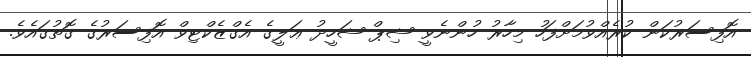
އޮފިސަރުކަން ކުރެއްވުމަށްފަހު މިހާރު ހުންނެވީ ޝިޕް ޝަހީދު ޢަލީގެ އެގްޒެކްޓިވް އޮފިސަރުގެ ގޮތުގައެވެ.